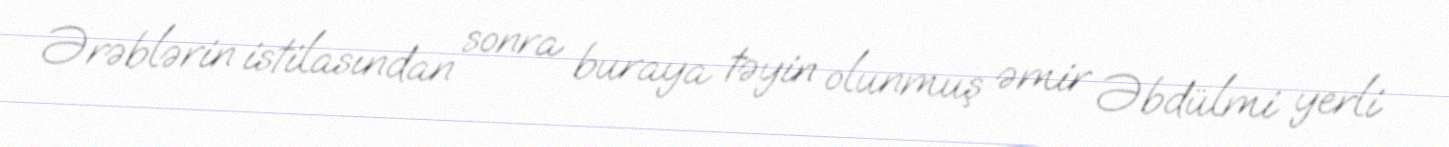
Ərəblərin istilasından sonra buraya təyin olunmuş əmir Əbdülmi yerli